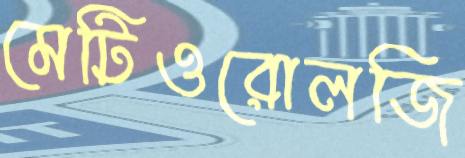
মেটিওরোলজি